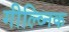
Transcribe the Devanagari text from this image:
गील्व्निक